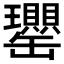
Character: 𦉦